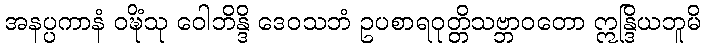
အနပ္ပကာနံ ဝဍ္ဎိံသု ဝေါဘိန္ဒိ ဒေဝသဘံ ဥပစာရဝုတ္တိသဗ္ဘာဝတော ဣန္ဒြိယဘူမိ